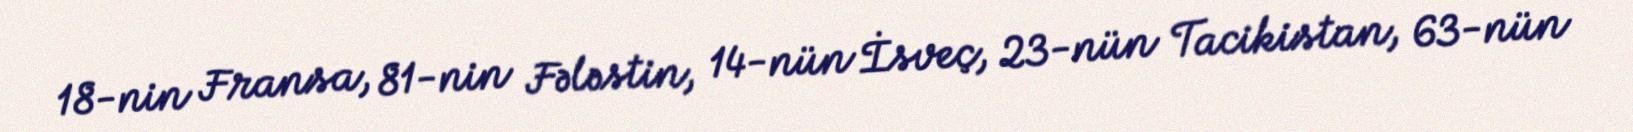
18-nin Fransa, 81-nin Fələstin, 14-nün İsveç, 23-nün Tacikistan, 63-nün